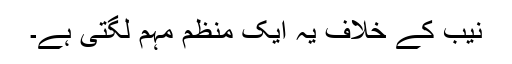
نیب کے خلاف یہ ایک منظم مہم لگتی ہے۔